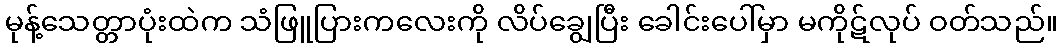
မုန့်သေတ္တာပုံးထဲက သံဖြူပြားကလေးကို လိပ်ချွေပြီး ခေါင်းပေါ်မှာ မကိုဋ်လုပ် ဝတ်သည်။